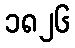
၁၈၂၆